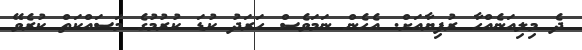
ދެ މިލިއަނެއްހާ ރުފިޔާއަށް. އެހެން ނަމަވެސް ހަރަދު ކުޑަ ކުރުމުގެ މަސައްކަތް ކުރެވޭ